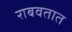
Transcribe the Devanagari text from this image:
राबवतात